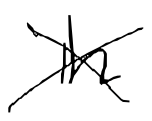
Text: in
Cross-out: cross
Writing tool: digital_black